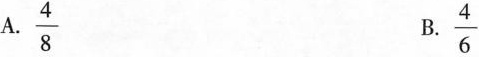
A. \frac{4}{8} B .\frac{4}{6}